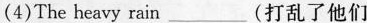
(4) The heavy rain ___ (打乱了他们